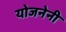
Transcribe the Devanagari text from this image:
योजनेनी